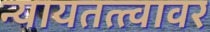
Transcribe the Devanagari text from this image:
न्यायतत्त्वावर